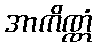
အာကိဏ္ဏံ